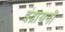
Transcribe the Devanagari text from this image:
इंद्रायनों